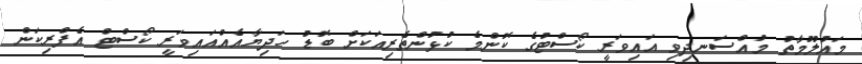
މައުލޫމާތު މުއްސަނދިވި އައިވަރީ ކޯސްޓުގެ ކޮންމެ ކުޅުންތެރިއަކަށް ބޮޑު ހަދިޔާއެއްއައިވަރީ ކޯސްޓް އެފްރިކަން